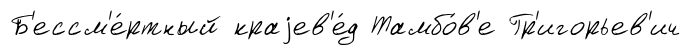
Б'ессм'е́ртный краjев'е́д Тамбо́в'е Гр'игорьев'ич